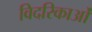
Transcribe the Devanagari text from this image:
विदरिकाओं